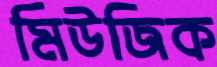
মিউজিক